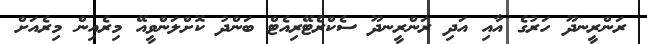
ރަންރީނދޫ ހަރުގެ އާއި އަދި ރަންރީނދޫ ސެކްރެޓޭރިއެޓް ބަންދު ކޮށްލަންވީއޭ މިރެއިން މިރެއަށް